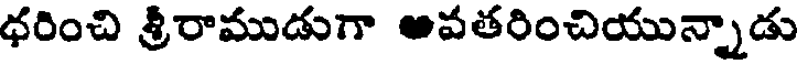
ధరించి శ్రీరాముడుగా అవతరించియున్నాడు